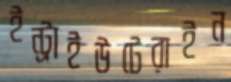
ইন্ট্রাইউটেরাইন